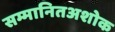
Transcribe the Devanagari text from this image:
सम्मानितअशोक